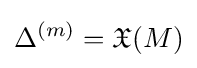
\Delta ^{(m)}={\mathfrak {X}}(M)